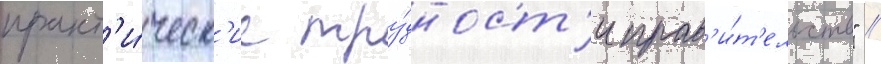
практ'и́ческ'ие тру́дност'и прав'и́т'ельств" //